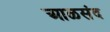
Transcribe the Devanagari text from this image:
आळसंद